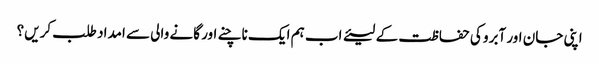
اپنی جان اور آبرو کی حفاظت کے لیئے اب ہم ایک ناچنے اور گانے والی سے امداد طلب کریں؟